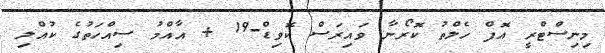
މިނިސްޓްރީ އޮފް ހެލްތު ކޮރޯނާ ވައިރަސް ކޮވިޑް-19 + އާއްމު ސިއްހަތުގެ ކުއްލި